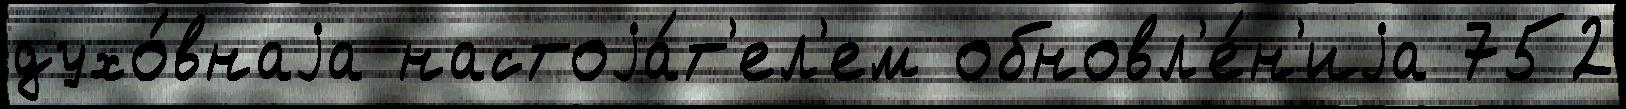
духо́внаjа настоjа́т'ел'ем обновл'е́н'иjа 752